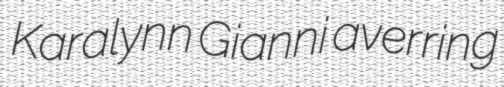
Karalynn Gianni averring